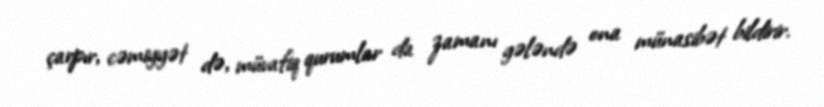
çarpır, cəmiyyət də, müvafiq qurumlar da zamanı gələndə ona münasibət bildirir.